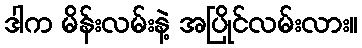
ဒါက မိန်းလမ်းနဲ့ အပြိုင်လမ်းလား။